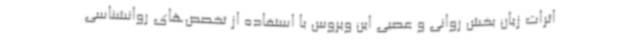
اثرات زیان بخش روانی و عصبی این ویروس با استفاده از تخصص‌های روانشناسی